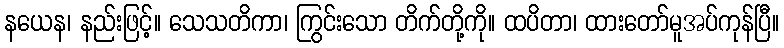
နယေန၊ နည်းဖြင့်။ သေသတိကာ၊ ကြွင်းသော တိက်တို့ကို။ ထပိတာ၊ ထားတော်မူအပ်ကုန်ပြီ။